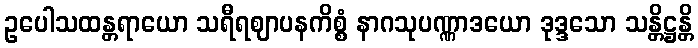
ဥပေါသထန္တရာယော သရီရဈာပနကိစ္စံ နာဂသုပဏ္ဏာဒယော ဒုဒ္ဒသော သန္တိဋ္ဌန္တိ